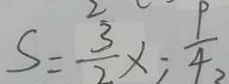
S = \frac { 3 } { 2 } \times \frac { 9 } { 4 }